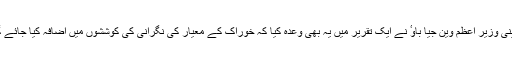
چینی وزیر اعظم وین جیا باوٴ نے ایک تقریر میں یہ بھی وعدہ کیا کہ خوراک کے معیار کی نگرانی کی کوششوں میں اضافہ کیا جائے گا۔